Investigations into the jail dietaries of the United Provinces with some observations on the influence of dietary on the physical development and well-being of the people of the United Provinces - Number 48
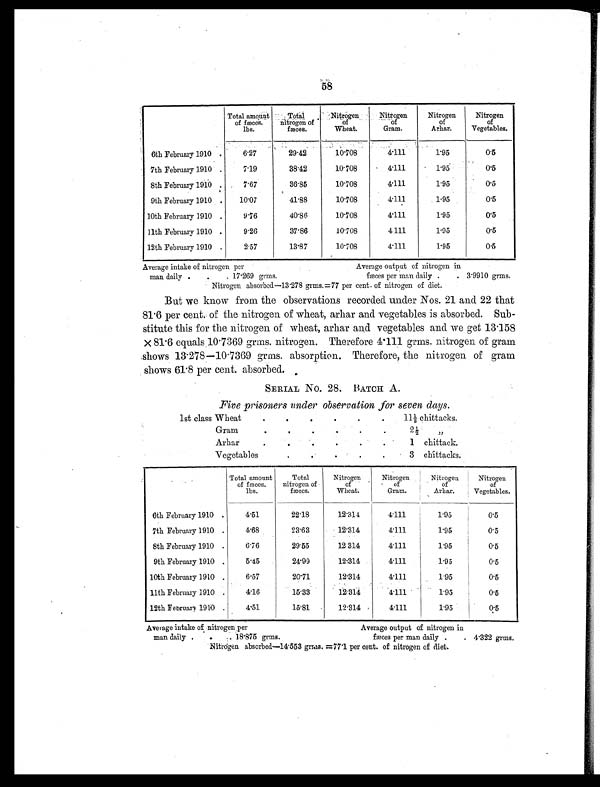
58
Total amount
of fæces.
lbs.
Total
nitrogen of
fæces.
Nitrogen
of
Wheat.
Nitrogen
of
Gram.
Nitrogen
of
Arhar.
Nitrogen
of
Vegetables.
6th February 1910 .
6.27
29.42
10.708
4.111
1.95
0.5
7th February 1910 .
7.19
38.42
10.708
4.111
1.95
0.5
8th February 1910 .
7.67
36.85
10.708
4.111
1.95
0.5
9th February 1910 .
10.07
41.88
10.708
4.111
1.95
0.5
10th February 1910 .
9.76
40.86
10.708
4.111
1.95
0.5
11th February 1910 .
9.26
37.86
10.708
4 111
1.95
0.5
12th February 1910 .
2.57
13.87
10.708
4.111
1.95
0.5
Average intake of nitrogen per
Average output of nitrogen in
man daily . .
. 17.269 grms.
fæces per man daily .
. 3.9910 grms.
Nitrogen absorbed—13.278 grms.=77 per cent. of nitrogen of diet.
But we know from the observations recorded under Nos. 21 and 22 that
81.6 per cent. of the nitrogen of wheat, arhar and vegetables is absorbed. Sub-
stitute this for the nitrogen of wheat, arhar and vegetables and we get 13.158
× 81.6 equals 10.7369 grms. nitrogen. Therefore 4.111 grms. nitrogen of gram
shows 13.278—10.7369 grms. absorption. Therefore, the nitrogen of gram
shows 61.8 per cent. absorbed.
SERIAL No. 28. BATCH A.
Five prisoners under observation for seven days.
1st class Wheat
.
.
.
.
. .
11½ chittacks.
Gram
.
.
.
.
.
.
2½
„
Arhar
.
.
.
.
.
.
1 chittack.
Vegetables
.
. .
. .
3 chittacks.
Total amount
of fæces.
lbs.
Total
nitrogen of
fæces.
Nitrogen
of
Wheat.
Nitrogen
of
Gram.
Nitrogen
of
Arhar.
Nitrogen
of
Vegetables.
6th February 1910 .
4.51
22.18
12.314
4.111
1.95
0.5
7th February 1910 .
4.68
23.63
12.314
4.111
1.95
0.5
8th February 1910 .
6.76
29.55
12.314
4.111
1.95
0.5
9th February 1910 .
5.45
24.99
12.314
4.111
1.95
0.5
10th February 1910 .
6.57
20.71
12.314
4.111
1.95
0.5
11th February 1910 .
4.16
15.33
12.314
4.111
1.95
0.5
12th February 1910 .
4.51
15.81
12.314
4.111
1.95
0.5
Average intake of nitrogen per
Average output of nitrogen in
man daily . .
. 18.875 grms.
fæces per man daily .
. 4.322 grms.
Nitrogen absorbed—14.553 grms. =77.1 per cent. of nitrogen of diet.